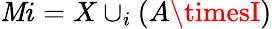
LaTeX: \mathit{M}i=X\cup_{i}(A\timesI)